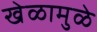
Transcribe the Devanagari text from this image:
खेळामुळे